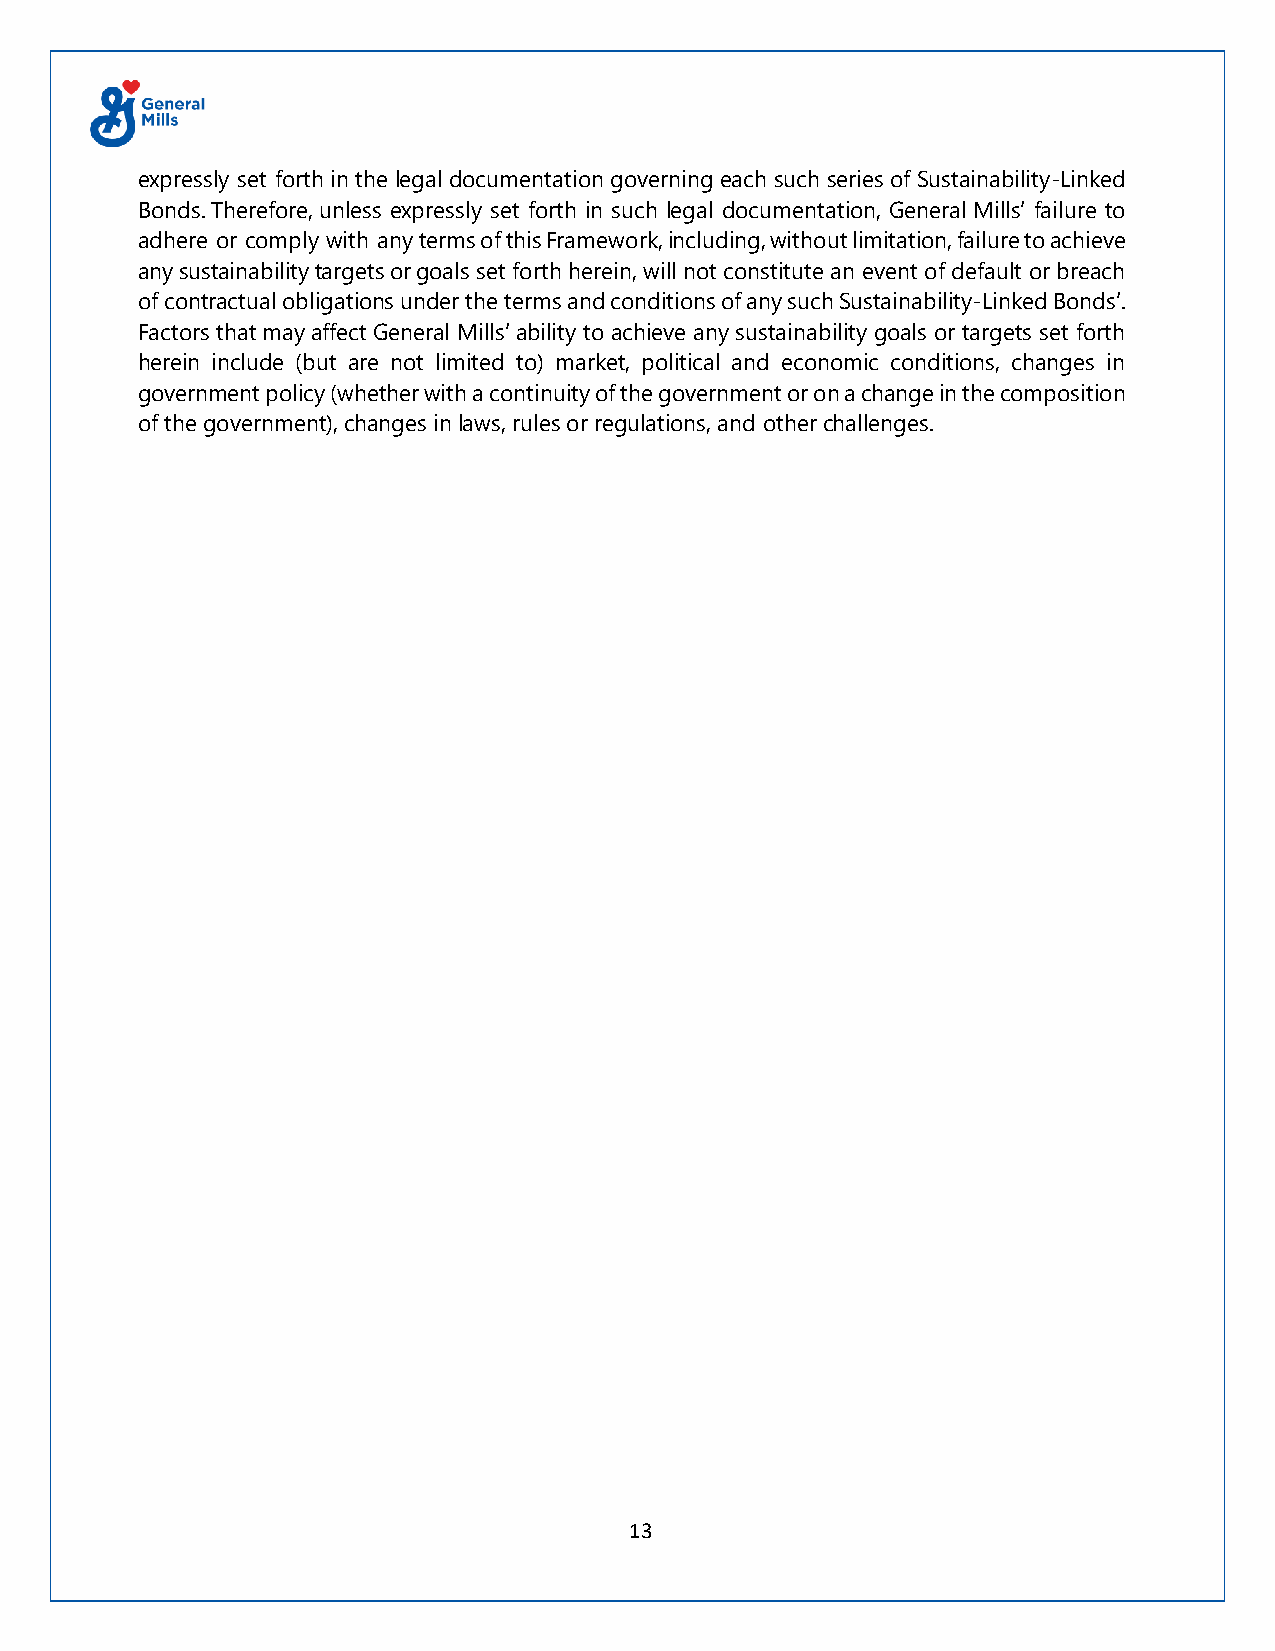
expressly set forth in the legal documentation governing each such series of Sustainability-Linked
 Bonds. Therefore, unless expressly set forth in such legal documentation, General Mills’ failure to
 adhere or comply with any terms of this Framework, including, without limitation, failure to achieve
 any sustainability targets or goals set forth herein, will not constitute an event of default or breach
 of contractual obligations under the terms and conditions of any such Sustainability-Linked Bonds’.
 Factors that may affect General Mills’ ability to achieve any sustainability goals or targets set forth
 herein include (but are not limited to) market, political and economic conditions, changes in
 government policy (whether with a continuity of the government or on a change in the composition
 of the government), changes in laws, rules or regulations, and other challenges.
 13